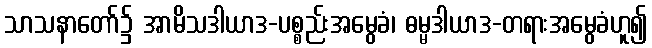
သာသနာတော်၌ အာမိသဒါယာဒ-ပစ္စည်းအမွေခံ၊ ဓမ္မဒါယာဒ-တရားအမွေခံဟူ၍